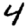
Digit: 4